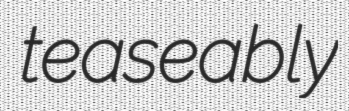
teaseably